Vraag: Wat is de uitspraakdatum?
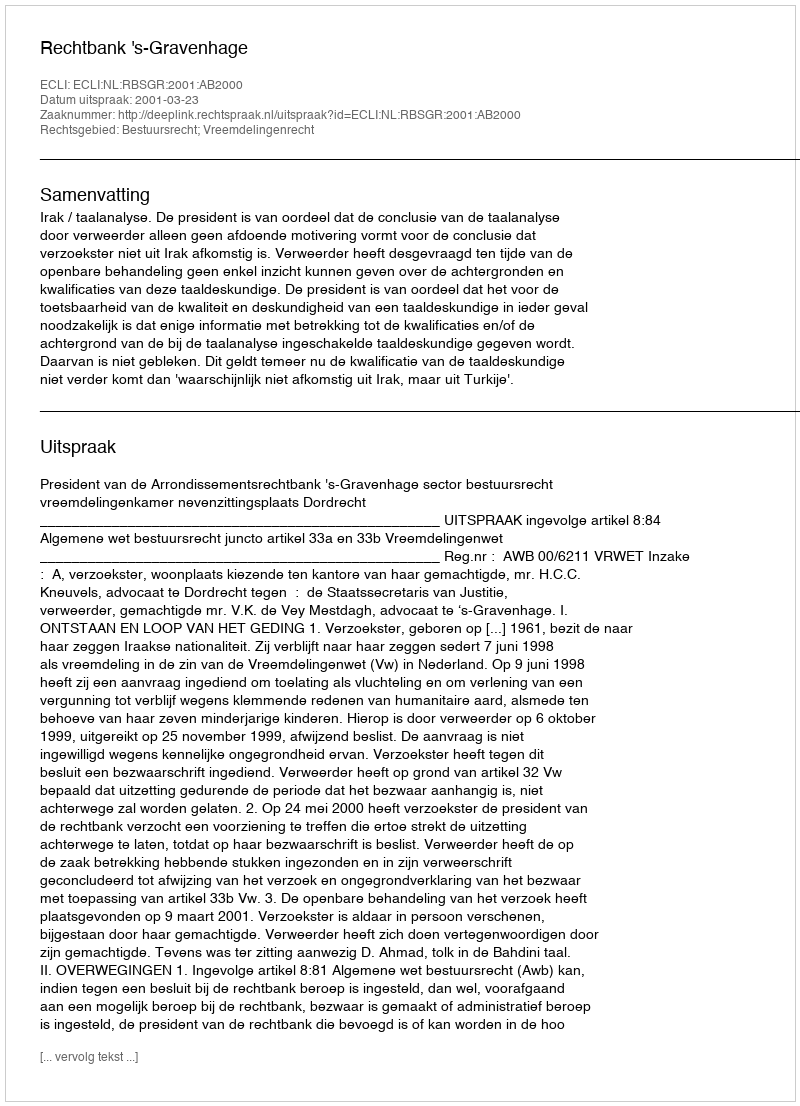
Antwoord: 2001-03-23